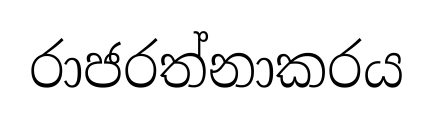
රාජරත්නාකරය